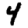
Digit: 4